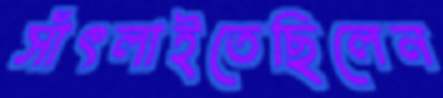
সাঁৎলাইতেছিলেন